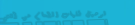
توصيل طلبات الطعام من أفض